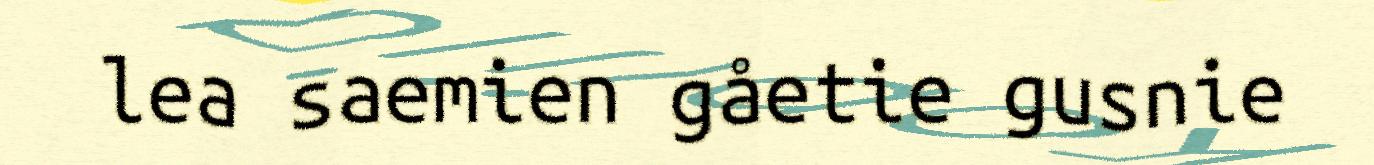
lea saemien gåetie gusnie